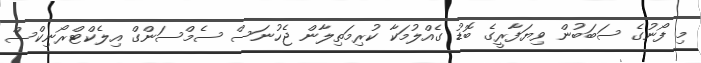
މި ފޯނުގެ ސަބަބުން ވިޔަފާރީގެ ބޮޑު ގެއްލުމަކާ ކުރިމަތިލާން ޖެހުނަސް ސެމްސަންގް އިލެކްޓްރޯނިކްސް